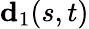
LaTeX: \textbf{d}_{1}(s,t)